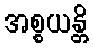
အစ္စယန္တိ